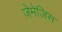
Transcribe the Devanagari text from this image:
ज़ेमेज़िस